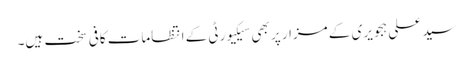
سید علی ہجویری کے مزار پر بھی سیکیورٹی کے انتظامات کافی سخت ہیں۔